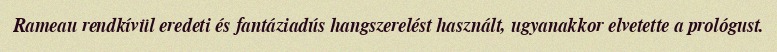
Rameau rendkívül eredeti és fantáziadús hangszerelést használt, ugyanakkor elvetette a prológust.